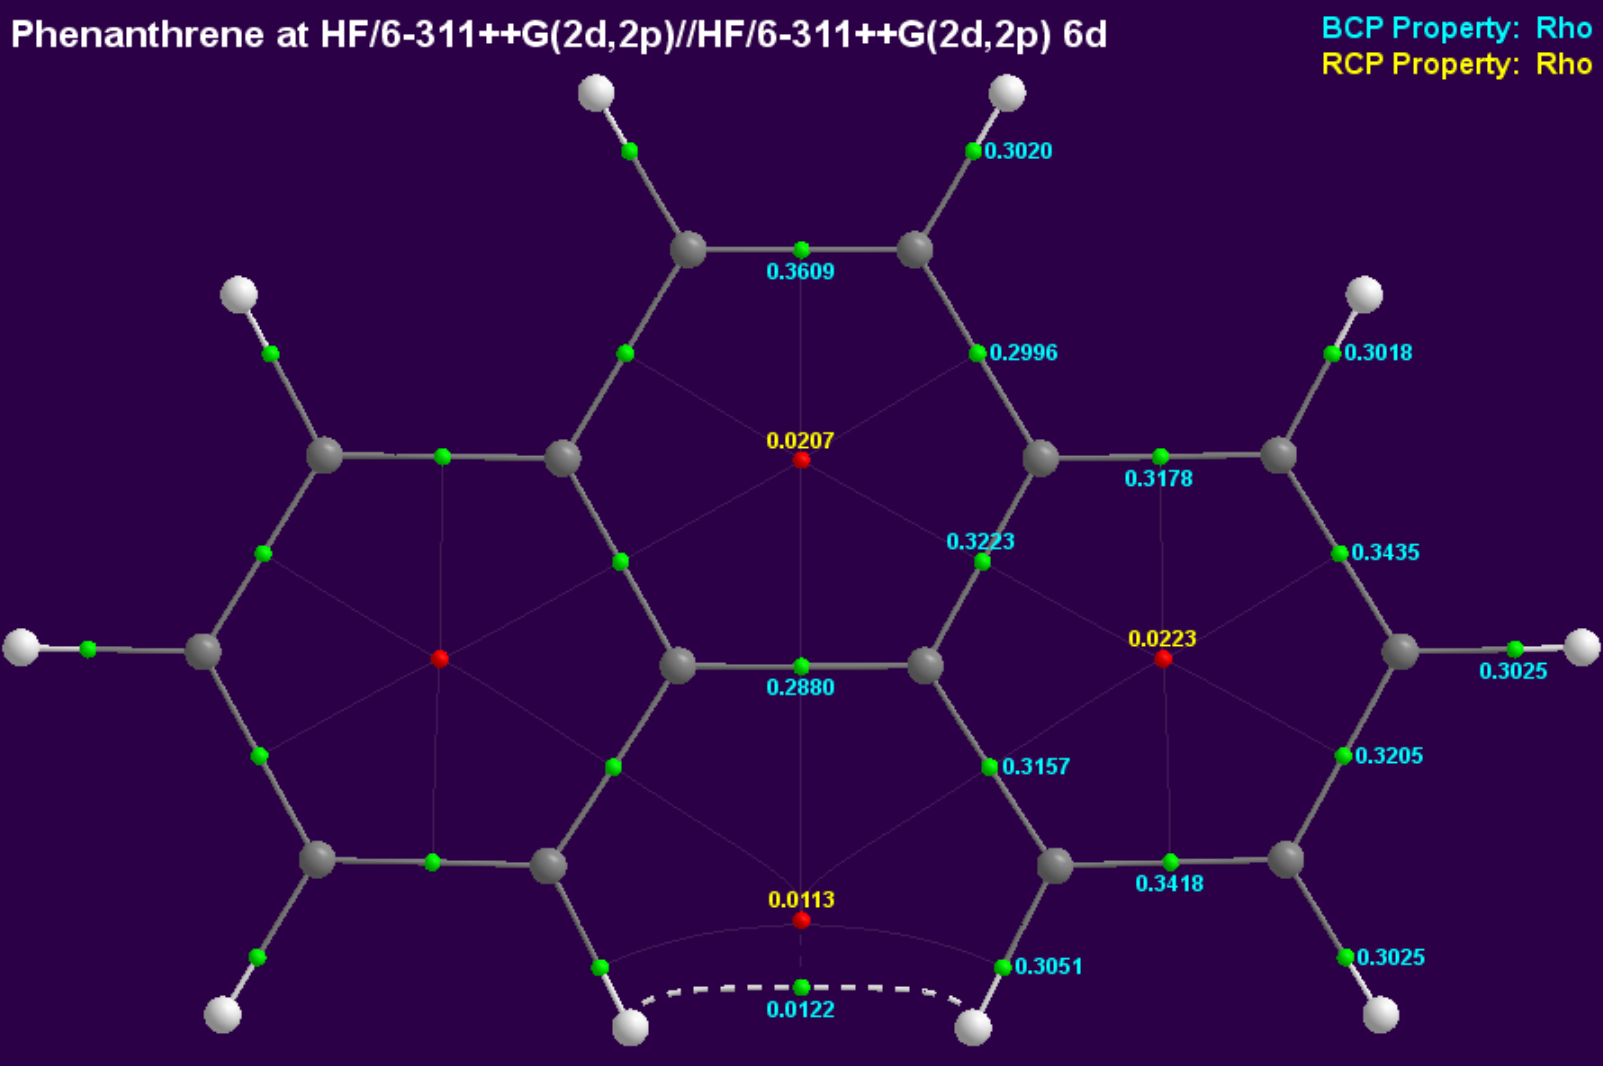
aimaii, QTAIM,critical points